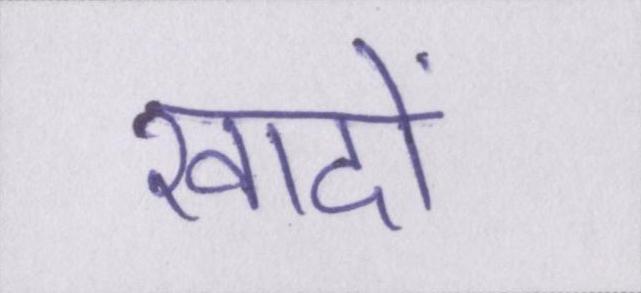
खादों